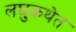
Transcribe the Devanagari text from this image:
लघुकथेत